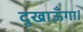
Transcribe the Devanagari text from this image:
दुखाऊँगा।